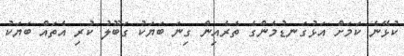
ކުޅޭނެ ކަމަށް އަޅުގަނޑުމެންގެ ތެރެއިން ގިނަ ބަޔަކު ގަބޫލު ކުރި އެތައް ބަޔަކު